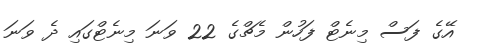
އޭގެ ފަސް މިނެޓް ފަހުން މެޗްގެ 22 ވަނަ މިނެޓްގައި ދެ ވަނަ